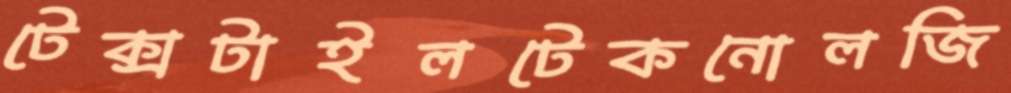
টেক্সটাইলটেকনোলজি